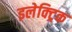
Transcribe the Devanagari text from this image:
इलेक्‍ट्रिक